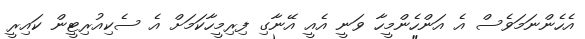
އެހެންނަމަވެސް އެ އަންހެންމީހާ ވަނީ އެއީ އޭނާގި ފިރިމީހާކަމަށް އެ ސެކިއުރިޓީން ކައިރީ